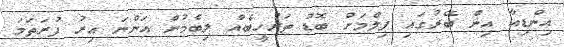
އިންޑިއާ އިން ބޭރުގައި ފިލްމަށް ބޮޑު ތަރުހީބެއް ލިބެމުން އަންނަ އިރު ފުރަތަމަ